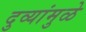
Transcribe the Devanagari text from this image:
दुव्यांमुळे